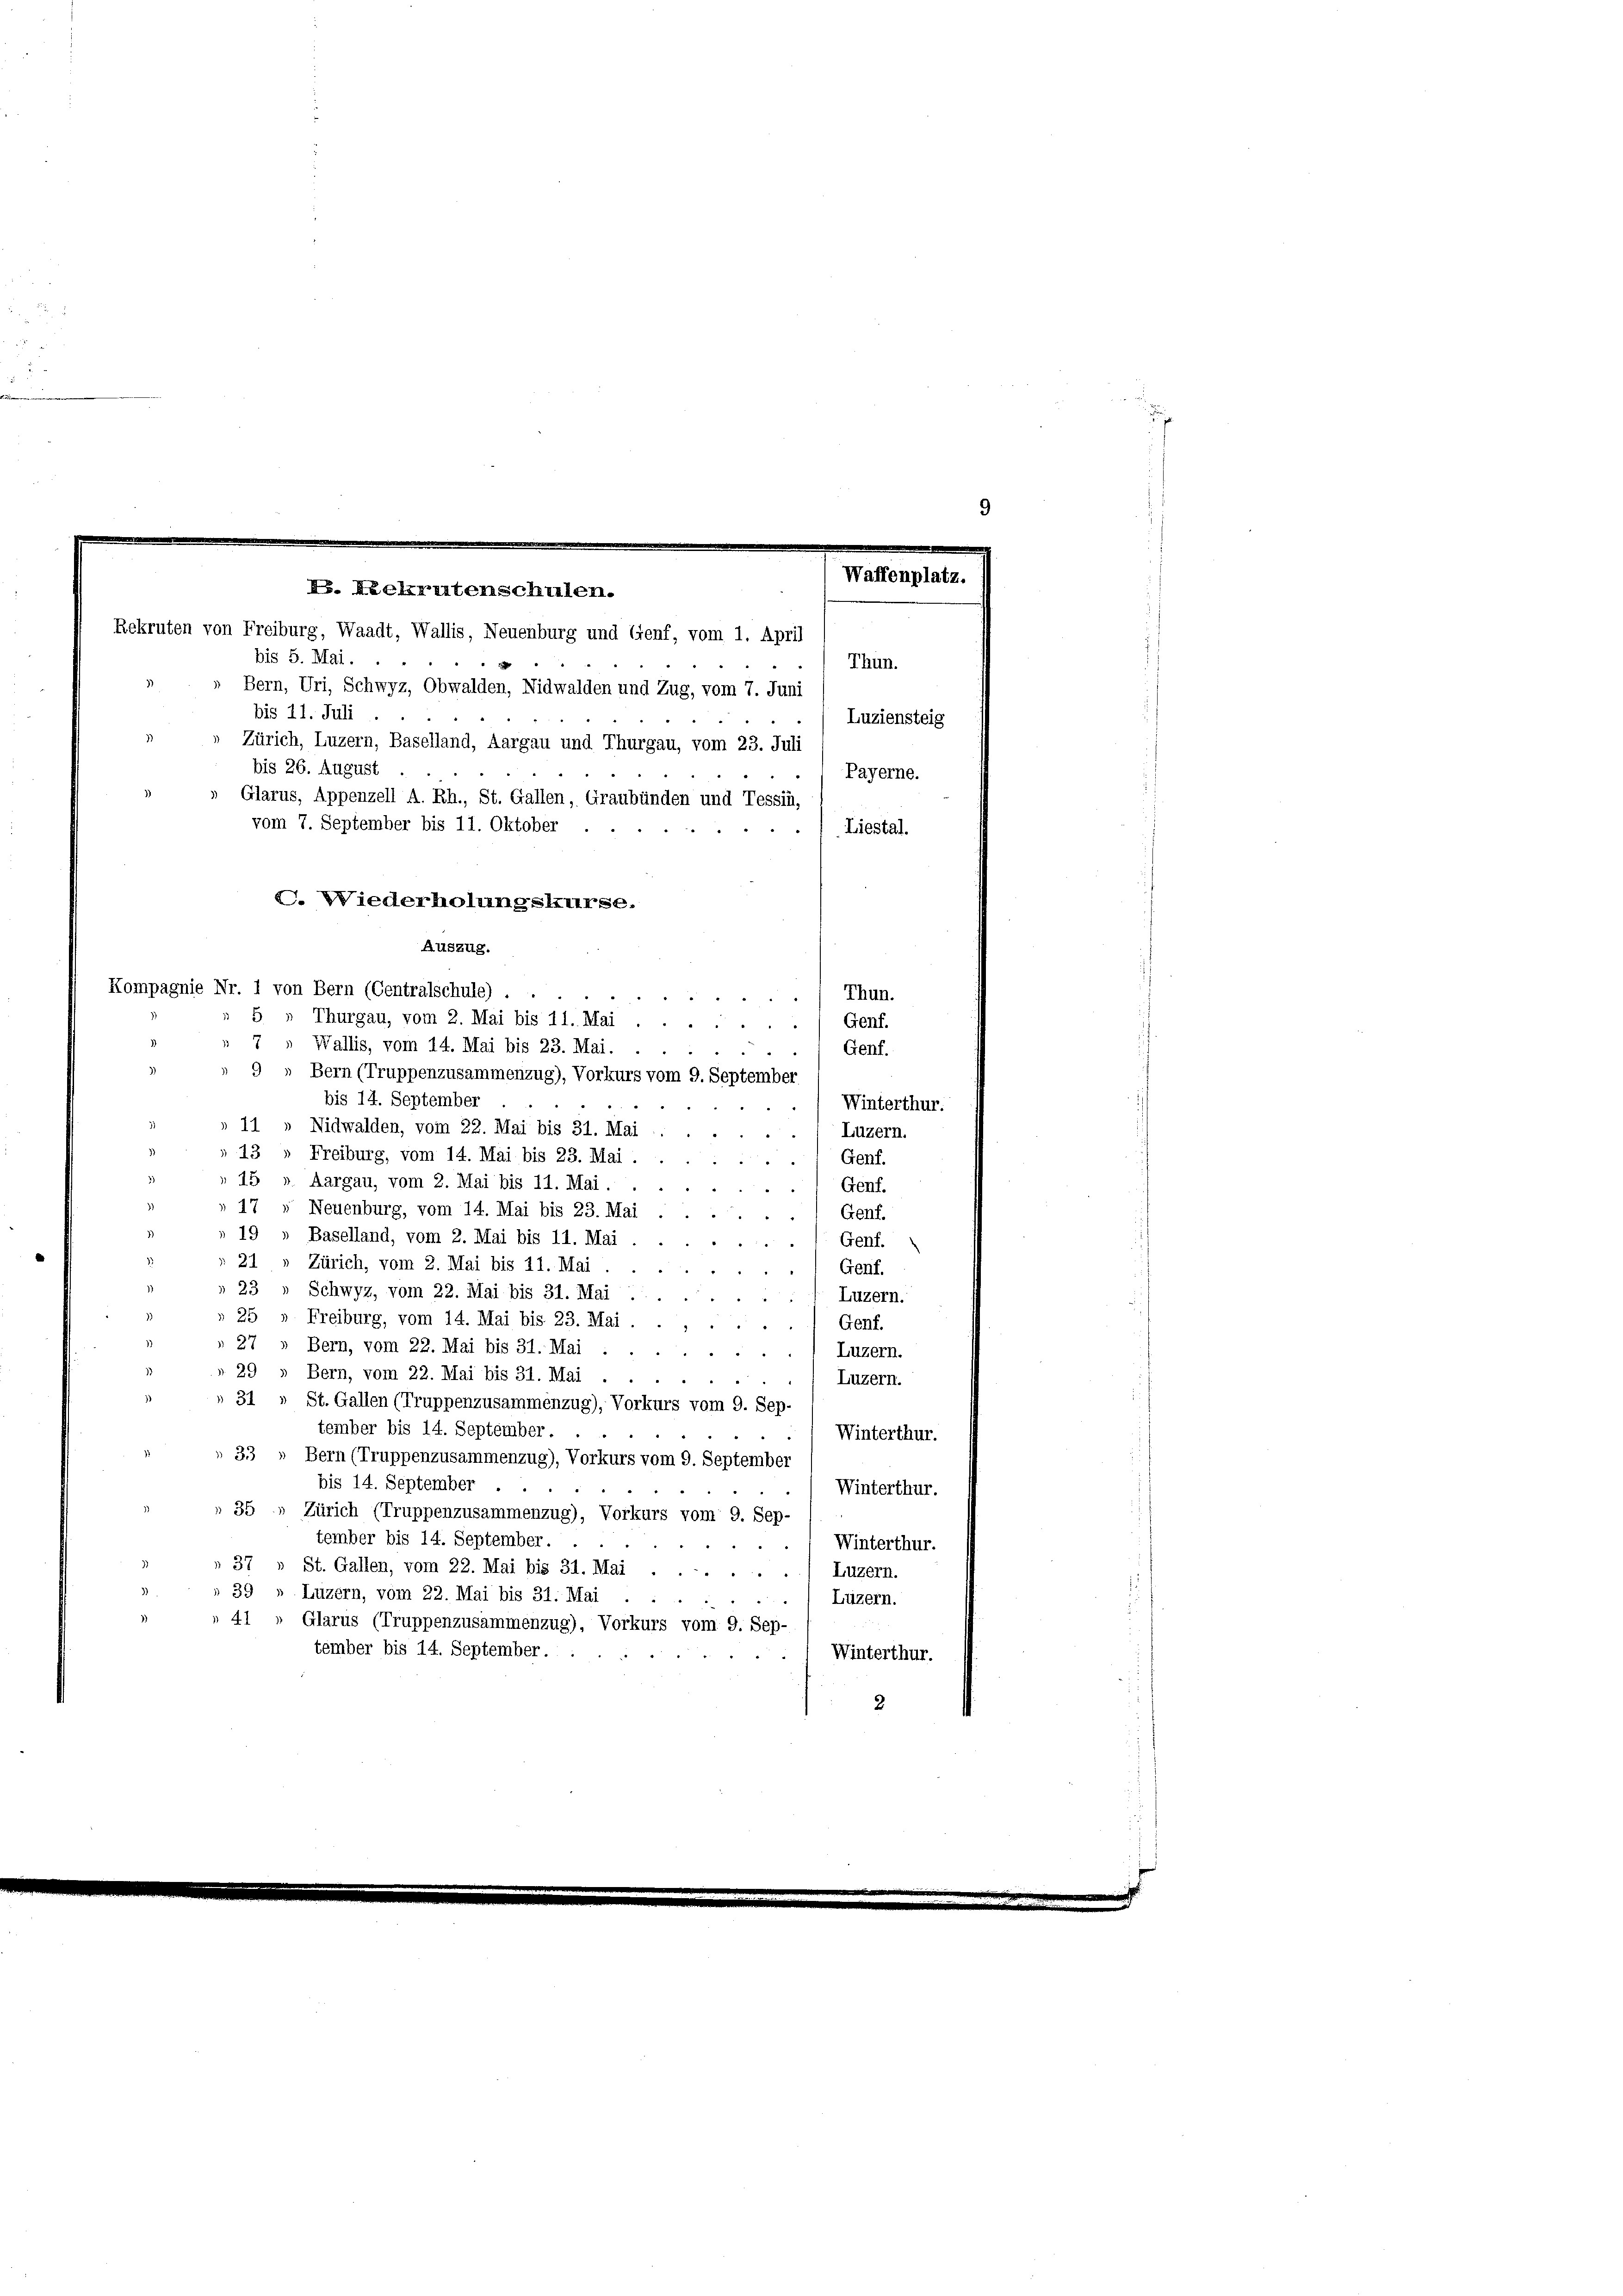
9
Waffenplatz.
P. Rekrutenschulen.
Rekruten von Freiburg, Waadt, Wallis, Neuenburg und Genf, vom 1. April

bis 5. Mai.
Thun.
Bern, Uri, Schwyz, Obwalden, Nidwalden und Zug, vom 7. Juni
bis 11. Juli.
Luziensteig
Zürich, Luzern, Baselland, Aargau und Thurgau, vom 23. Juli
Payerne.
Liestal.
Thun.
.
Genf.
4
7 Wallis, vom 14. Mai bis 23. Mai.
Genf.
9» Bern (Truppenzusammenzug), Vorkurs vom 9. September
bis 14. September
(Winterthur.
» 11 » Nidwalden, vom 22. Mai bis 31. Mai
Luzern.
» 13 " Freiburg, vom 14. Mai bis 23. Mai.
Genf.
 15 v. Aargau, vom 2. Mai bis 11. Mai.
Genf.
 17 " Neuenburg, vom 14. Mai bis 23. Mai
Genf.
19 » Baselland, vom 2. Mai bis 11. Mai
Genf.
21 » Zürich, vom 2. Mai bis 11. Mai
Genf.
 23 " Schwyz, vom 22. Mai bis 31. Mai
Luzern.
» 25 » Freiburg, vom 14. Mai bis 23. Mai.
Genf.
27 » Bern, vom 22. Mai bis 31. Mai .
Luzern.
29 » Bern, vom 22. Mai bis 31. Mai.
Luzern.
31 » St. Gallen (Truppenzusammenzug), Vorkurs vom 9. Sep-
tember bis 14. September.
Winterthur.
 33 » Bern (Truppenzusammenzug), Vorkurs vom 9. September
bis 14. September ...
Winterthur.
» 35 » Zürich (Truppenzusammenzug), Vorkurs vom 9. Sep-
tember bis 14. September.
Winterthur.
37 » St. Gallen, vom 22. Mai bis 31. Mai . . .
Luzern.
39 » Luzern, vom 22. Mai bis 31. Mai
Luzern.
41 » Glarus (Truppenzusammenzug), Vorkurs vom 9. Sep-
tember bis 14. September.
Winterthur.
2

bis 26. August
Glarus, Appenzell A. Rh., St. Gallen, Graubünden und Tessin,
vom 7. September bis 11. Oktober
C. Wiederholungskurse.
Auszug.
Kompagnie Nr. 1 von Bern (Centralschule) .
5 „ Thurgau, vom 2. Mai bis 11. Mai